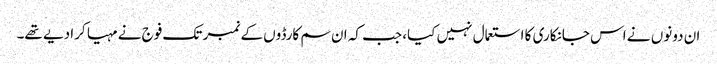
ان دونوں نے اس جانکاری کا استعمال نہیں کیا، جب کہ ان سم کارڈوں کے نمبر تک فوج نے مہیا کرا دیے تھے۔